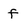
Character: f